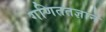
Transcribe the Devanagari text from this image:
गणिततज्ञाने